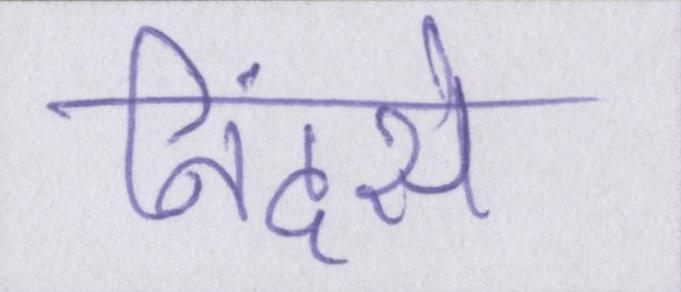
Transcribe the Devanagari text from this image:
निंदसे